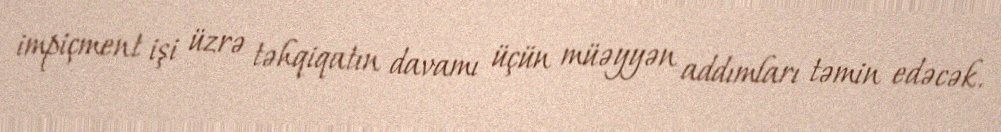
impiçment işi üzrə təhqiqatın davamı üçün müəyyən addımları təmin edəcək.